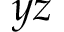
y z